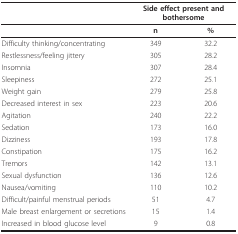
<table><thead><tr><td></td><td colspan="2"><b>Side effect present and bothersome</b></td></tr></thead><tbody><tr><td></td><td><b>n</b></td><td><b>%</b></td></tr><tr><td>Difficulty thinking/concentrating</td><td>349</td><td>32.2</td></tr><tr><td>Restlessness/feeling jittery</td><td>305</td><td>28.2</td></tr><tr><td>Insomnia</td><td>307</td><td>28.4</td></tr><tr><td>Sleepiness</td><td>272</td><td>25.1</td></tr><tr><td>Weight gain</td><td>279</td><td>25.8</td></tr><tr><td>Decreased interest in sex</td><td>223</td><td>20.6</td></tr><tr><td>Agitation</td><td>240</td><td>22.2</td></tr><tr><td>Sedation</td><td>173</td><td>16.0</td></tr><tr><td>Dizziness</td><td>193</td><td>17.8</td></tr><tr><td>Constipation</td><td>175</td><td>16.2</td></tr><tr><td>Tremors</td><td>142</td><td>13.1</td></tr><tr><td>Sexual dysfunction</td><td>136</td><td>12.6</td></tr><tr><td>Nausea/vomiting</td><td>110</td><td>10.2</td></tr><tr><td>Difficult/painful menstrual periods</td><td>51</td><td>4.7</td></tr><tr><td>Male breast enlargement or secretions</td><td>15</td><td>1.4</td></tr><tr><td>Increased in blood glucose level</td><td>9</td><td>0.8</td></tr></tbody></table>